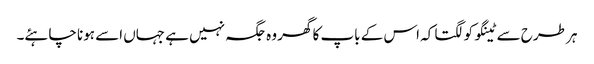
ہر طرح سے ٹینگو کو لگتا کہ اس کے باپ کا گھر وہ جگہ نہیں ہے جہاں اسے ہونا چاہئے۔